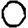
Digit: 0